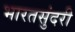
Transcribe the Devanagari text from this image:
भारतसुंदरी